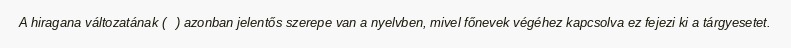
A hiragana változatának (を) azonban jelentős szerepe van a nyelvben, mivel főnevek végéhez kapcsolva ez fejezi ki a tárgyesetet.